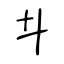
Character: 𠥼